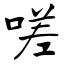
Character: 嗟